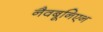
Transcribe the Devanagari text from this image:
नैवबूनिएन